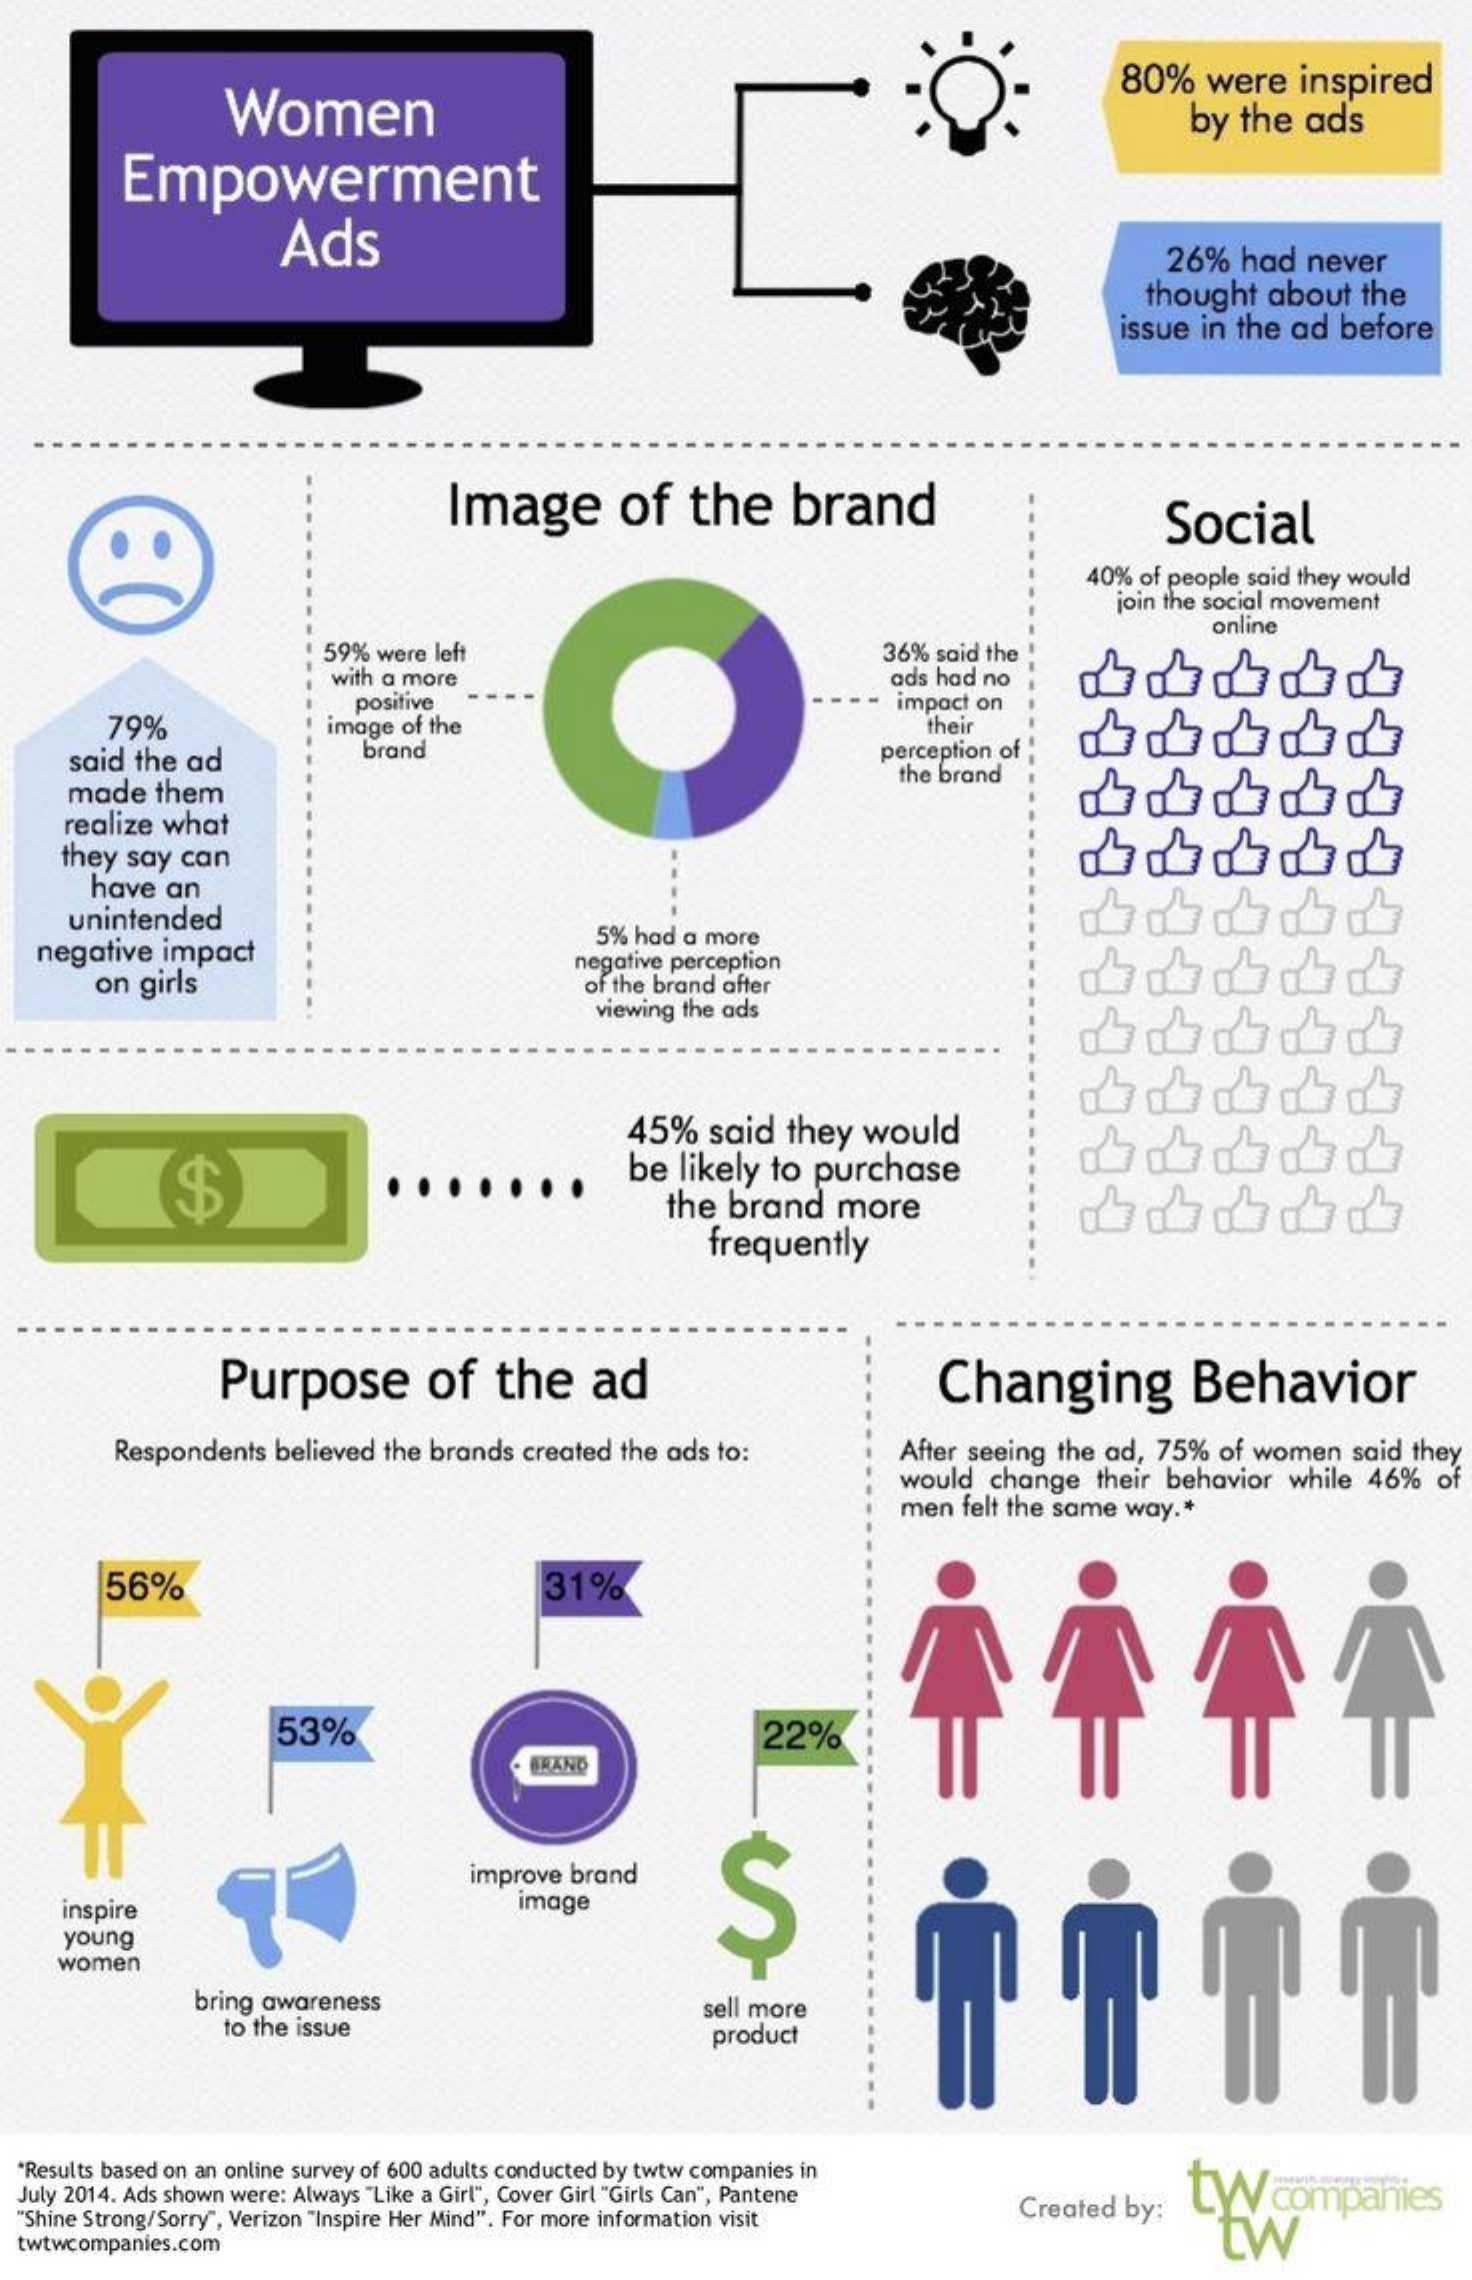
Women
     80% were  inspired
     by the ads
     Empowerment
     Ads    26% had never
     thought about the
     issue in the ad before
     Image    of  the   brand    Social
     40% of people said they would
     join the social movement
     59% were left    36% said the
     online
     with a more    ads had no
     79%
     positive
     image of the
     impact on
     their
    said the ad    brand    perception of
    made them
     the brand
    realize what
    they say can
     have an
    unintended
  negative impact
     5% had a more
     on girls
     negative perception
     of the brand after
     viewing the ads
     45% said they would
     be likely to purchase
     the brand more
     $
     frequently
     Purpose    of  the  ad    Changing    Behavior
     Respondents believed the brands created the ads to: After seeing the ad, 75% of women said they
     would change their behavior while 46% of
     men felt the same way.+
     56%    31%
     53%    22%
     BRAND
     improve brand
     S inspire image
    young
    women
     bring awareness
     to the issue
     sell more
     product
  "Results based on an online survey of 600 adults conducted by twtw companies in
  July 2014. Ads shown were: Always "Like a Girl", Cover Girl "Girls Can", Pantene
     Created by:
     tw.com companies
  "Shine Strong/Sorry", Verizon "Inspire Her Mind". For more information visit
  twtwcompanies.com    tw